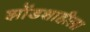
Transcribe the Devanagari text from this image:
झोंडशाहीला